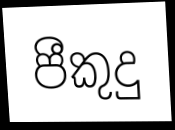
පීකුදු